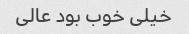
خیلى خوب بود عالى